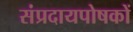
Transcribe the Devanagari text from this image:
संप्रदायपोषकों